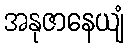
အနုဇာနေယျံ